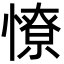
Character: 憭